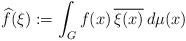
LaTeX: \begin{align*}\widehat{f}(\xi):= \int_G f(x) \, \overline{\xi(x)} \, d\mu(x)\end{align*}